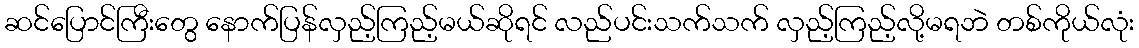
ဆင်ပြောင်ကြီးတွေ နောက်ပြန်လှည့်ကြည့်မယ်ဆိုရင် လည်ပင်းသက်သက် လှည့်ကြည့်လို့မရဘဲ တစ်ကိုယ်လုံး